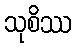
သုစိဿ